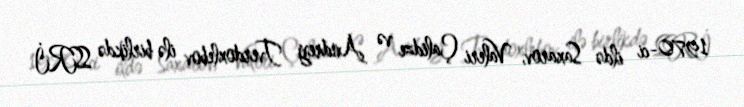
1970-ci ildə Saxarov, Valeri Çalidze və Andrey Tverdoxlebov ilə birlikdə SSRİ